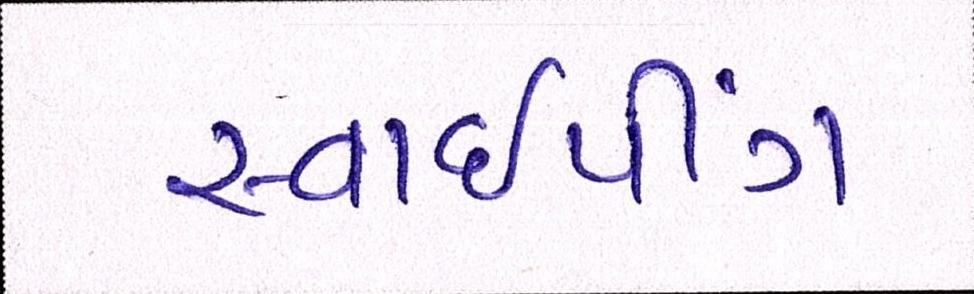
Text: સ્વાઈપીંગ